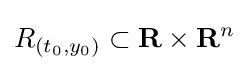
R_{(t_{0},y_{0})}\subset \mathbf {R} \times \mathbf {R} ^{n}